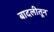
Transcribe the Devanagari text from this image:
बादलीतून